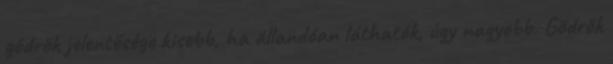
gödrök jelentősége kisebb, ha állandóan láthatók, úgy nagyobb. Gödrök